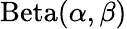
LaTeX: \mathrm{Beta}(\alpha,\beta)